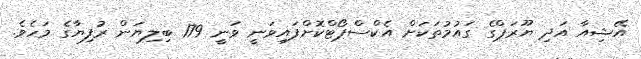
އޭޝިއާ އަދި ޔޫރަޕްގެ ގައުމުތަކަށް އެކްސްޕޯޓްކޮށްފައިވަނީ ވަނީ 179 ބިލިޔަން ރުފިޔާގެ މަހެވެ.